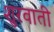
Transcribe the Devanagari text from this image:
शुरवाती